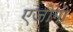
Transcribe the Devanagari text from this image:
एजोगो